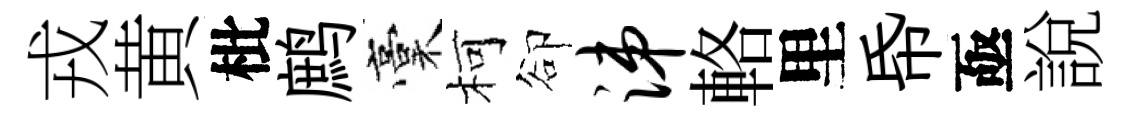
戎黄枇鹧稾柯卻涕輅里帋亟說